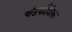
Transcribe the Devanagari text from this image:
चंडकौशिक